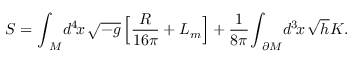
S = { \int } _ { \! \! M } d ^ { 4 } \! x \, \sqrt { - g } \, \Big [ { \frac { R } { 1 6 \pi } } + { \cal L } _ { m } \Big ] + \frac { 1 } { 8 { \pi } } { \int } _ { \! \! \partial M } d ^ { 3 } \! x \, \sqrt { h } K .